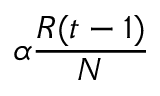
\alpha \frac { R ( t - 1 ) } { N }